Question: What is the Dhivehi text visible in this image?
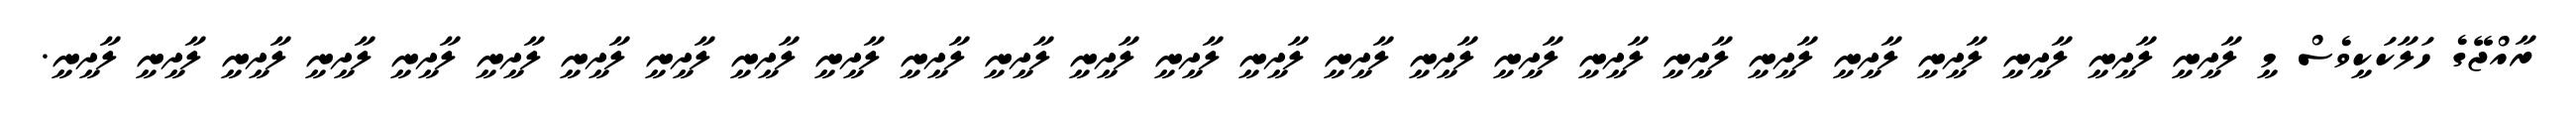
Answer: ރާއްޖޭގެ ހަލާކަކީވެސް މީ ލާދީނީ ލާދީނީ ލާދީނީ ލާދީނީ ލާދީނީ ލާދީނީ ލާދީނީ ލާދީނީ ލާދީނީ ލާދީނީ ލާދީނީ ލާދީނީ ލާދީނީ ލާދީނީ ލާދީނީ ލާދީނީ ލާދީނީ ލާދީނީ ލާދީނީ ލާދީނީ ލާދީނީ ލާދީނީ ލާދީނީ ލާދީނީ ލާދީނީ ލާދީނީ.